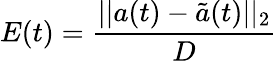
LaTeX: E(t)=\frac{||a(t)-\tilde{a}(t)||_{2}}{D}